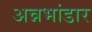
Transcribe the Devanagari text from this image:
अन्नभांडार